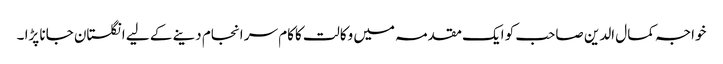
خواجہ کمال الدین صاحب کو ایک مقدمہ میں وکالت کاکام سر انجام دینے کے لیے انگلستان جانا پڑا ۔